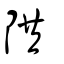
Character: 䧆